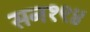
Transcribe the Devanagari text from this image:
सन१९४